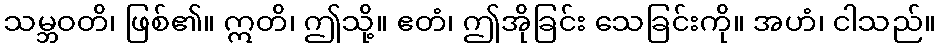
သမ္ဘဝတိ၊ ဖြစ်၏။ ဣတိ၊ ဤသို့။ ဧတံ၊ ဤအိုခြင်း သေခြင်းကို။ အဟံ၊ ငါသည်။